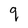
Character: q